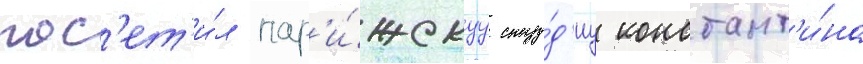
пос'ет'и́л пар'и́жскуу сту́д'иу констант'и́на